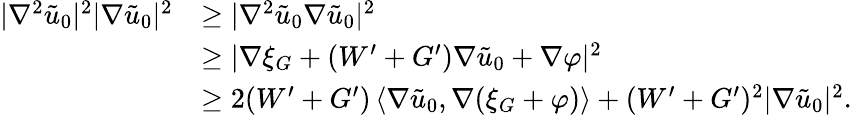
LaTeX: \begin{array}{rl}{|\nabla^{2}\tilde{u}_{0}|^{2}|\nabla\tilde{u}_{0}|^{2}}&{\geq|\nabla^{2}\tilde{u}_{0}\nabla\tilde{u}_{0}|^{2}}\\ &{\geq|\nabla\xi_{G}+(W^{\prime}+G^{\prime})\nabla\tilde{u}_{0}+\nabla\varphi|^{2}}\\ &{\geq 2(W^{\prime}+G^{\prime})\left\langle\nabla\tilde{u}_{0},\nabla(\xi_{G}+\varphi)\right\rangle+(W^{\prime}+G^{\prime})^{2}|\nabla\tilde{u}_{0}|^{2}.}\end{array}